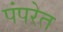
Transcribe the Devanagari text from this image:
पंपरेत